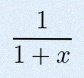
\frac{1}{1+x}